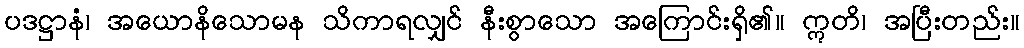
ပဒဋ္ဌာနံ၊ အယောနိသောမန သိကာရလျှင် နီးစွာသော အကြောင်းရှိ၏။ ဣတိ၊ အပြီးတည်း။